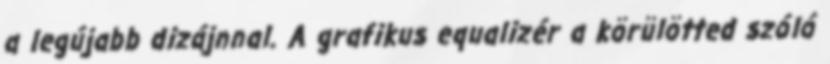
a legújabb dizájnnal. A grafikus equalizér a körülötted szóló